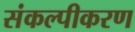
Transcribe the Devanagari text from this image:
संकल्पीकरण